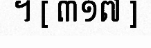
។ [ ៣១៧ ]